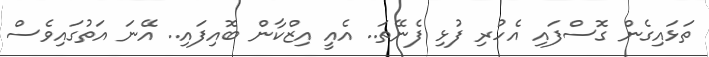
ތަޅައިގެން ގޮސްފައި އެހުރި ފުޅި ފެނޭތަ.. އެއީ އިޒްކާން ބޮއިފައި.. އޭނަ އަތުގައިވެސް